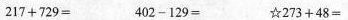
$$217+729 = $$402-129 = $$☆273+48 =